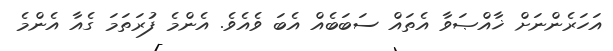
އަހަރެންނަށް ޚާއްޞަވާ އެތައް ސަބަބެއް އެބަ ވެއެވެ. އެންމެ ފުރަތަމަ ގެއާ އެންމެ